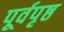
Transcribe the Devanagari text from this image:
पूर्वपृष्ठ